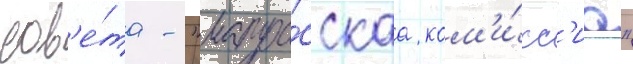
сов'е́та - "матро́сскаа ком'и́сс'иа"